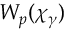
W _ { p } ( \chi _ { \gamma } )